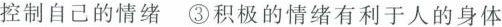
控制自己的情绪③积极的情绪有利于人的身体